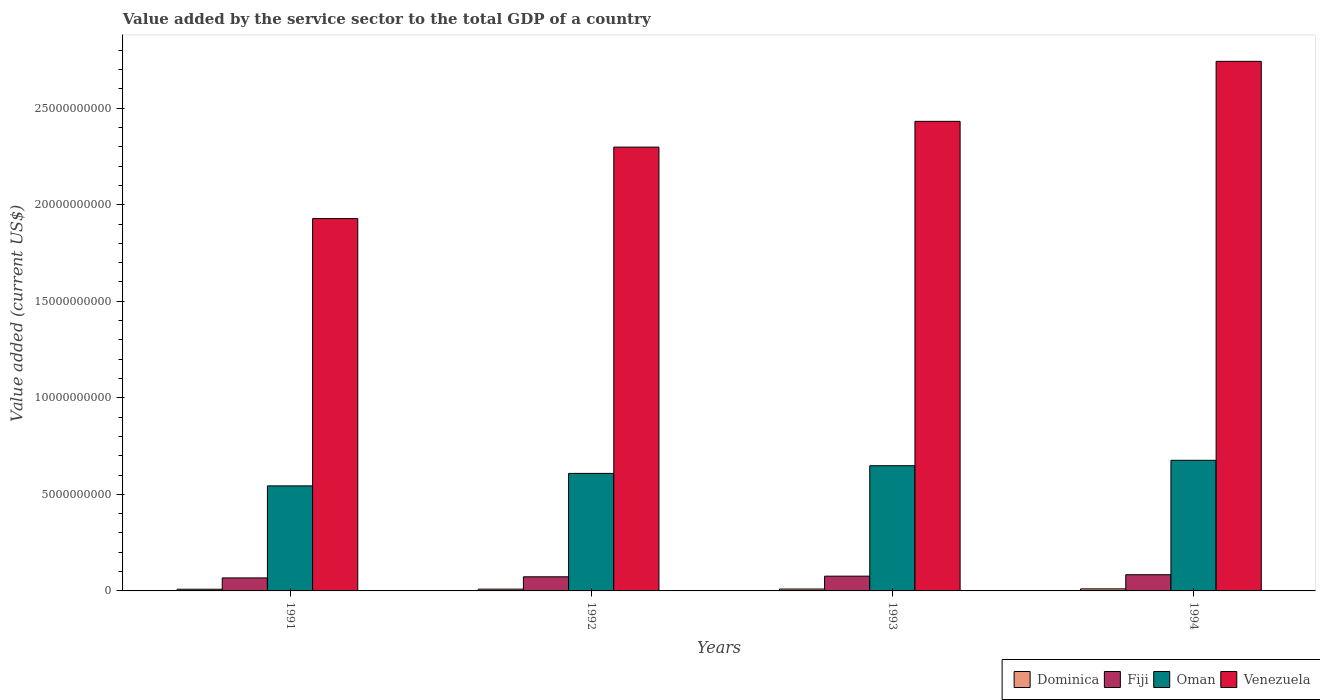
| Years | Dominica | Fiji | Oman | Venezuela |
 | --- | --- | --- | --- | --- |
 | 1991 | 8.67e+07 | 6.74e+08 | 5.44e+09 | 1.93e+10 |
 | 1992 | 9.25e+07 | 7.31e+08 | 6.09e+09 | 2.3e+10 |
 | 1993 | 9.78e+07 | 7.64e+08 | 6.48e+09 | 2.43e+10 |
 | 1994 | 1.06e+08 | 8.38e+08 | 6.76e+09 | 2.74e+10 |